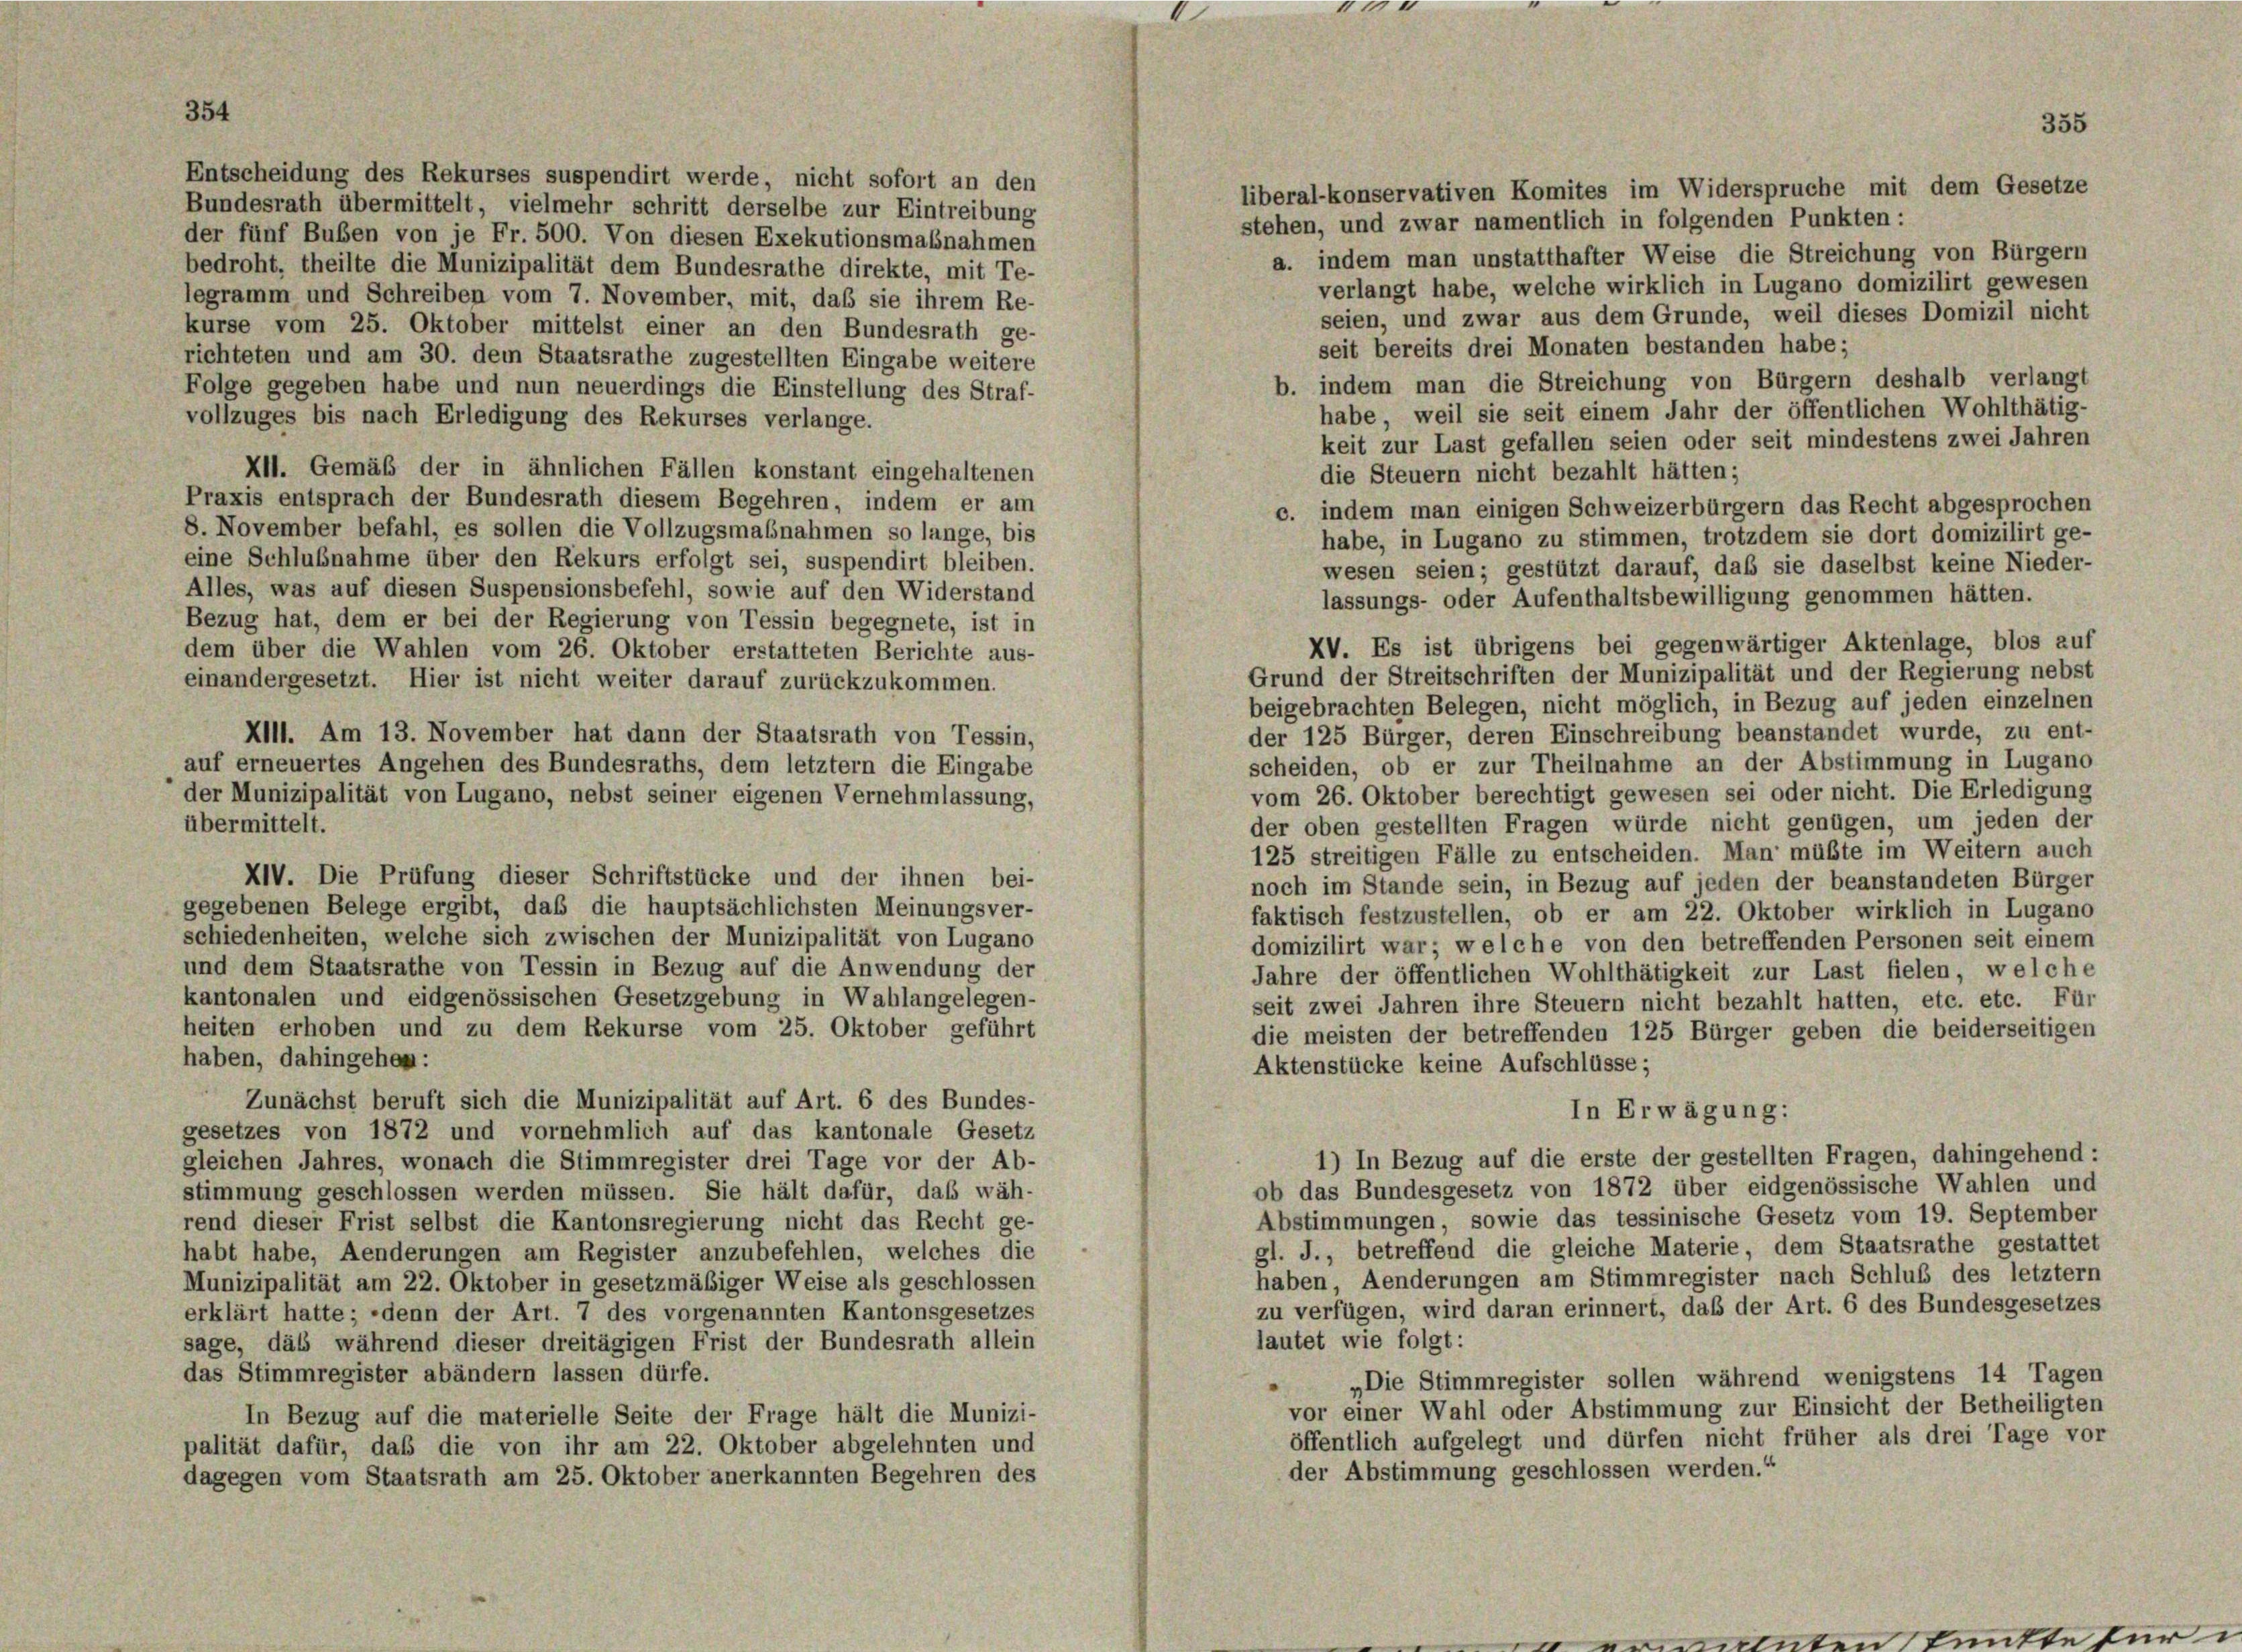
Entscheidung des Rekurses suspendirt werde, nicht sofort an den
Bundesrath übermittelt, vielmehr schritt derselbe zur Eintreibung

wesen seien; gestützt darauf, daß sie daselbst keine Nieder-
lassungs- oder Aufenthaltsbewilligung genommen hätten.
XV. Es ist übrigens bei gegenwärtiger Aktenlage, blos auf

355

liberal-konservativen Komites im Widerspruche mit dem Gesetze
stehen, und zwar namentlich in folgenden Punkten:
der fünf Buben von je Fr. 500. Von diesen Exekutionsmabnahmen
a. indem man unstatthafter Weise die Streichung von Bürgern
bedroht, theilte die Munizipalität dem Bundesrathe direkte, mit Te-
verlangt habe, welche wirklich in Lugano domizilirt gewesen
legramm und Schreiben vom 7. November, mit, daß sie ihrem Re-
seien, und zwar aus dem Grunde, weil dieses Domizil nicht
kurse vom 25. Oktober mittelst einer an den Bundesrath ge-
seit bereits drei Monaten bestanden habe;
richteten und am 30. dem Staatsrathe zugestellten Eingabe weitere
b. indem man die Streichung von Bürgern deshalb verlangt
Folge gegeben habe und nun neuerdings die Einstellung des Straf-
habe, weil sie seit einem Jahr der öffentlichen Wohlthätig-
vollzuges bis nach Erledigung des Rekurses verlange.
keit zur Last gefallen seien oder seit mindestens zwei Jahren
XII. Gemäß der in ähnlichen Fällen konstant eingehaltenen
die Steuern nicht bezahlt hätten;
Praxis entsprach der Bundesrath diesem Begehren, indem er am
c. indem man einigen Schweizerbürgern das Recht abgesprochen
8. November befahl, es sollen die Vollzugsmaßnahmen so lange, bis
habe, in Lugano zu stimmen, trotzdem sie dort domizilirt ge-
eine Schlußnahme über den Rekurs erfolgt sei, suspendirt bleiben.
Alles, was auf diesen Suspensionsbefehl, sowie auf den Widerstand
Bezug hat, dem er bei der Regierung von Tessin begegnete, ist in
dem über die Wahlen vom 26. Oktober erstatteten Berichte aus-
Grund der Streitschriften der Munizipalität und der Regierung nebst
einandergesetzt. Hier ist nicht weiter darauf zurückzukommen.
beigebrachten Belegen, nicht möglich, in Bezug auf jeden einzelnen
der 125 Bürger, deren Einschreibung beanstandet wurde, zu ent-
XIII. Am 13. November hat dann der Staatsrath von Tessin,
scheiden, ob er zur Theilnahme an der Abstimmung in Lugano
auf erneuertes Angehen des Bundesraths, dem letztem die Eingabe
vom 26. Oktober berechtigt gewesen sei oder nicht. Die Erledigung
der Munizipalität von Lugano, nebst seiner eigenen Vernehmlassung,
der oben gestellten Fragen würde nicht genügen, um jeden der
übermittelt.
125 streitigen Fälle zu entscheiden. Man müßte im Weitern auch
XIV. Die Prüfung dieser Schriftstücke und der ihnen bei-
noch im Stande sein, in Bezug auf jeden der beanstandeten Bürger
gegebenen Belege ergibt, daß die hauptsächlichsten Meinungsver-
faktisch festzustellen, ob er am 22. Oktober wirklich in Lugano
schiedenheiten, welche sich zwischen der Munizipalität von Lugano
domizilirt war; welche von den betreffenden Personen seit einem
und dem Staatsrathe von Tessin in Bezug auf die Anwendung der
Jahre der öffentlichen Wohlthätigkeit zur Last fielen, welche
kantonalen und eidgenössischen Gesetzgebung in Wahlangelegen-
seit zwei Jahren ihre Steuern nicht bezahlt hatten, etc. etc. Für
heiten erhoben und zu dem Rekurse vom 25. Oktober geführt
die meisten der betreffenden 125 Bürger geben die beiderseitigen
haben, dahingehen:
Aktenstücke keine Aufschlüsse;
Zunächst beruft sich die Munizipalität auf Art. 6 des Bundes-
In Erwägung:
gesetzes von 1872 und vornehmlich auf das kantonale Gesetz
1) In Bezug auf die erste der gestellten Fragen, dahingehend:
gleichen Jahres, wonach die Stimmregister drei Tage vor der Ab-
ob das Bundesgesetz von 1872 über eidgenössische Wahlen und
stimmung geschlossen werden müssen. Sie hält dafür, daß wäh-
Abstimmungen, sowie das tessinische Gesetz vom 19. September
rend dieser Frist selbst die Kantonsregierung nicht das Recht ge-
gl. J., betreffend die gleiche Materie, dem Staatsrathe gestattet
habt habe, Aenderungen am Register anzubefehlen, welches die
haben, Aenderungen am Stimmregister nach Schluß des letztem
Munizipalität am 22. Oktober in gesetzmäßiger Weise als geschlossen
zu verfügen, wird daran erinnert, daß der Art. 6 des Bundesgesetzes
erklärt hatte; denn der Art. 7 des vorgenannten Kantonsgesetzes
lautet wie folgt:
sage, daß während dieser dreitägigen Frist der Bundesrath allein
das Stimmregister abändern lassen dürfe.
„Die Stimmregister sollen während wenigstens 14 Tagen
.
vor einer Wahl oder Abstimmung zur Einsicht der Betheiligten
In Bezug auf die materielle Seite der Frage hält die Munizi-
öffentlich aufgelegt und dürfen nicht früher als drei Tage vor
palität dafür, daß die von ihr am 22. Oktober abgelehnten und
der Abstimmung geschlossen werden.“
dagegen vom Staatsrath am 25. Oktober anerkannten Begehren des

.